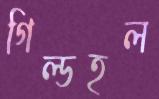
গিল্ডহল